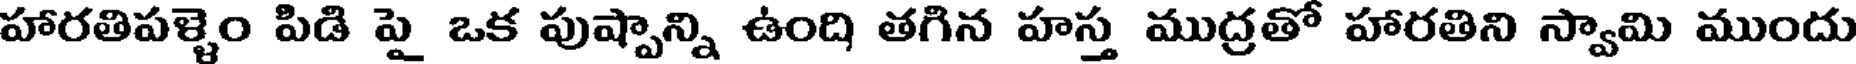
హారతిపళ్ళెం పిడి పై ఒక పుష్పాన్ని ఉంది తగిన హస్త ముద్రతో హారతిని స్వామి ముందు